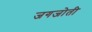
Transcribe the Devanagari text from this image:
जगजोती